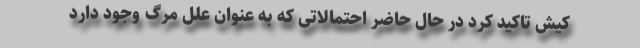
کیش تاکید کرد در حال حاضر احتمالاتی که به عنوان علل مرگ وجود دارد